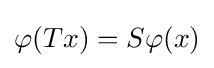
\textstyle \varphi (Tx)=S\varphi (x)